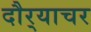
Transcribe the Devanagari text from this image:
दौर्‍याचर